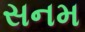
સનમ